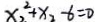
x _ { 2 } ^ { 2 } + x _ { 2 } - 6 = 0